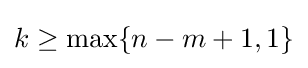
k\geq \max\{n-m+1,1\}